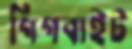
গিগবাইট